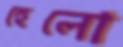
হেলো